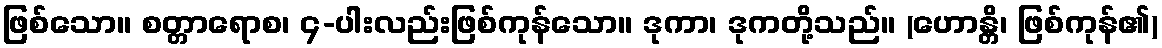
ဖြစ်သော။ စတ္တာရောစ၊ ၄-ပါးလည်းဖြစ်ကုန်သော။ ဒုကာ၊ ဒုကတို့သည်။ (ဟောန္တိ၊ ဖြစ်ကုန်၏)